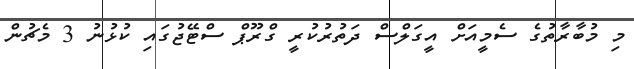
މި މުބާރާތުގެ ސެމީއަށް އީގަލްސް ދަތުރުކުރީ ގްރޫޕް ސްޓޭޖުގައި ކުޅުނު 3 މެޗުން